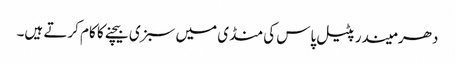
دھرمیندر پٹیل پاس کی منڈی میں سبزی بیچنے کا کام کرتے ہیں۔